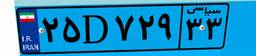
۲۵D۷۲۹۳۳